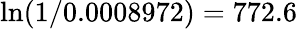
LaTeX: \mathrm{ln}(1/0.0008972)=772.6